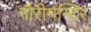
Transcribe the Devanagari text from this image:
गौरीमन्दिर